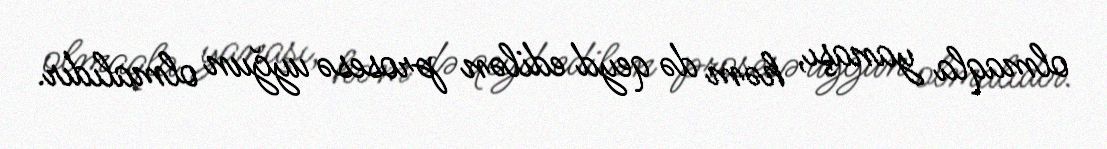
olmaqla yanaşı, həm də qeyd edilən prosesə uyğun olmalıdır.